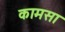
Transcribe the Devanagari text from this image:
कामसा